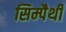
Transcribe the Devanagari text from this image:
सिम्पैथी